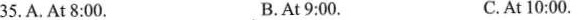
35. A. At 8:00. B.At 9:00. C.At 10:00.